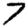
Digit: 7